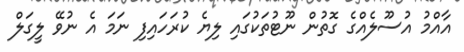
އާއްމު އުސޫލެއްގެ ގޮތުން ނޫޓުތަކުގައި ލިޔެ ކުރަހައިފި ނަމަ އެ ނުވޭ ލީގަލް